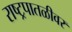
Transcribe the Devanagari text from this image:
राष्ट्रपातळीवर